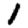
Digit: 1